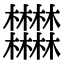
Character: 𣡽